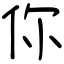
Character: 你